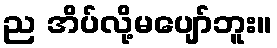
ည အိပ်လို့မပျော်ဘူး။